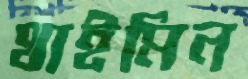
থাইমিন